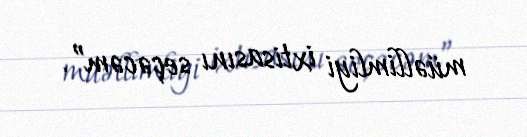
müəllimliyi ixtisasını seçəcəm”.